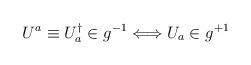
LaTeX: \begin{align*}U^{a} \equiv U_{a}^{\dagger} \in g^{-1} \Longleftrightarrow U_{a} \in g^{+1}\end{align*}